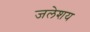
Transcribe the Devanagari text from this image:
जलेशय